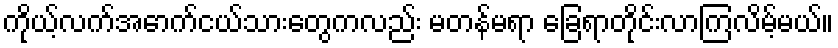
ကိုယ့်လက်အောက်ငယ်သားတွေကလည်း မတန်မရာ ခြေရာတိုင်းလာကြလိမ့်မယ်။